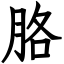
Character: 胳